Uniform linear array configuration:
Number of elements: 12
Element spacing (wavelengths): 0.5
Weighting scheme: blackman
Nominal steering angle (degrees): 30
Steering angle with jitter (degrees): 31.06
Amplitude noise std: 0.05
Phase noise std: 0.05

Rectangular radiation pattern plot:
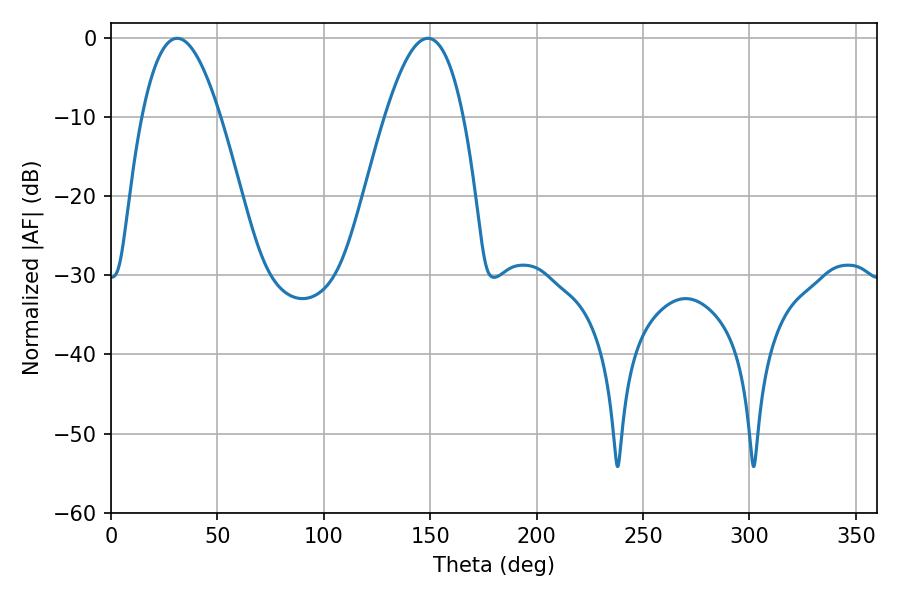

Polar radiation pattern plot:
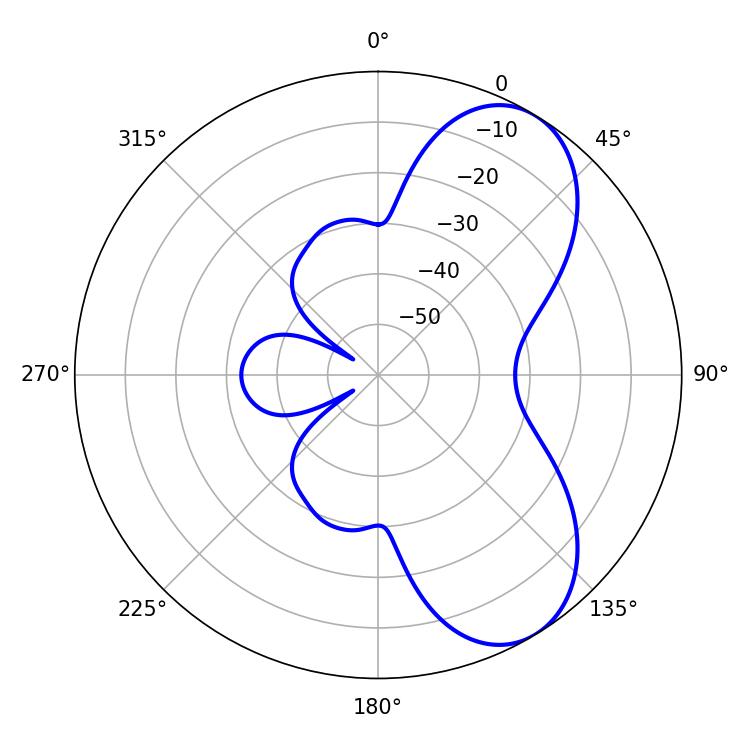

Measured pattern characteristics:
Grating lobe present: FALSE
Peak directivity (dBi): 6.983
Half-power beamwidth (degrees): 20.16
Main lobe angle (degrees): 31.14